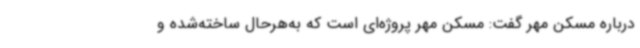
درباره مسکن مهر گفت: مسکن مهر پروژه‌ای است که به‌هرحال ساخته‌شده و